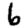
Digit: 6